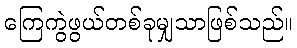
ကြေကွဲဖွယ်တစ်ခုမျှသာဖြစ်သည်။